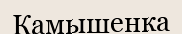
Камышенка